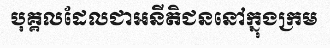
បុគ្គលដែលជាអនីតិជននៅក្នុងក្រម